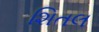
શિતલ